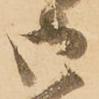
御